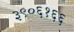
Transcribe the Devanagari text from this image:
३९०६१६६